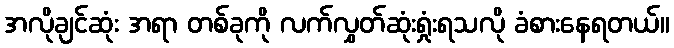
အလိုချင်ဆုံး အရာ တစ်ခုကို လက်လွှတ်ဆုံးရှုံးရသလို ခံစားနေရတယ်။